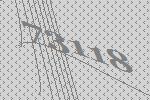
73118